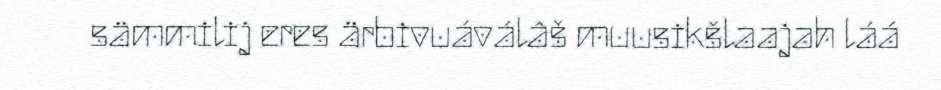
sämmilij eres ärbivuáválâš muusikšlaajah láá